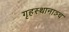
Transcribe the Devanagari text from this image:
गृहस्थानाञ्च